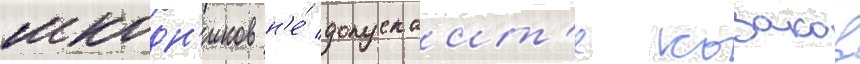
шкодн'иков н'е́ допускаит'е козаков